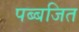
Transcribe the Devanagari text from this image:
पब्बजित